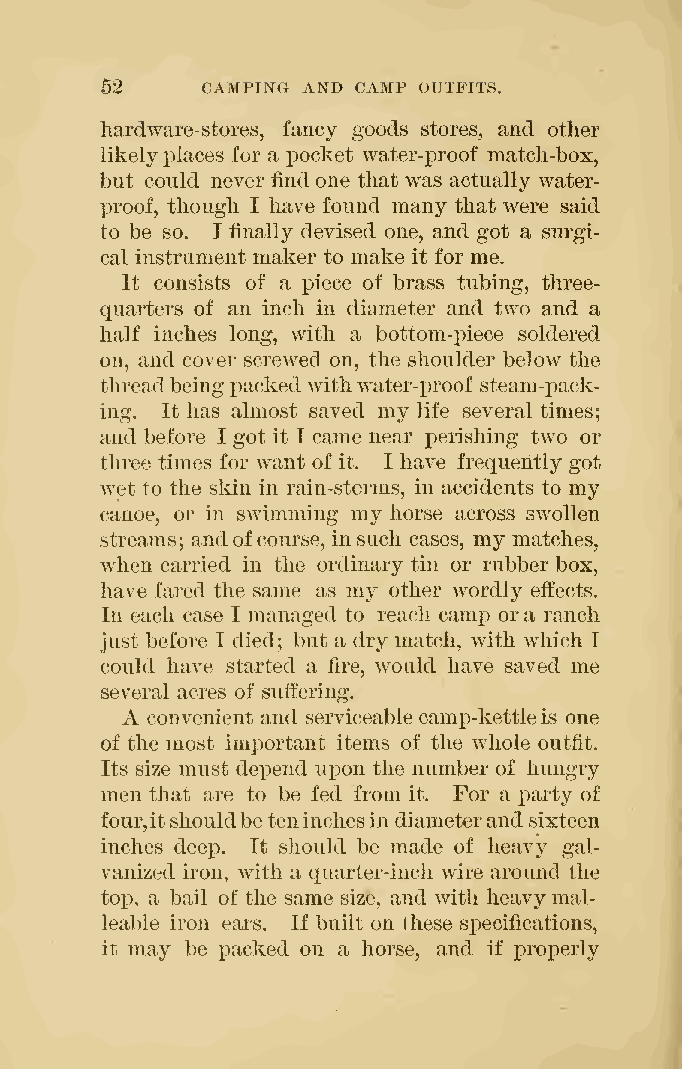
52    CAMPING AND CAMP OUTFITS.
 hardware-stores, fancy goods stores, and other
 likelyplaces for a pocket water-proof match-box,
 but could never find one that was actually water-
 proof, though I have found many that were said
 to be so. I finally devised one, and got a surgi-
 cal instrument maker to make it for me.
 It consists of a piece of brass tubing, three-
 quarters of an inch in diameter and two and a
 half inches long, with a bottom-piece soldered
 on, and cover screwed on, the shoulder below the
 threadbeingpacked withwater-proof steam
 -i:)ack-
 ing. It has almost saved my life several times;
 and before I got it I came near x)erishing two or
 three times for want of it. I have frequently got
 wet to the skin in rain-storms, in accidents to my
 canoe, or in swimming my horse across swollen
 streams; andofcourse, insuch cases, my matches,
 when carried in the ordinary tin or rubber box,
 have fared the same as my other wordly effects.
 In each case I managed to reach camp ora ranch
 just before I died; but a dry match, with Avhich I
 could have started a fire, would have saved me
 several acres of suffering.
 A convenient and serviceable camp-kettleis one
 of the most important items of the whole outfit.
 Its size must depend upon the number of hungry
 men that are to be fed from it. For a party of
 four,itshouldbeteninchesin diameterand sixteen
 inches deep. It should be made of heavy gal-
 vanized iron, with a quarter-inch wire around the
 top, a bail of the same size, and with heavymal-
 leable iron ears. If built on these specifications,
 it may be i)acked on a horse, and if X)roperly